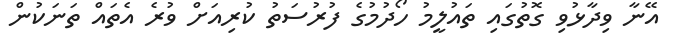
އޭނާ ވިދާޅުވި ގޮތުގައި ތައުލީމު ހޯދުމުގެ ފުރުސަތު ކުރިއަށް ވުރެ އެތައް ތަނަކުން